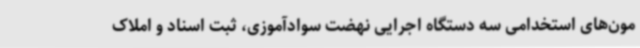
مون‌های استخدامی سه دستگاه اجرایی نهضت سوادآموزی، ثبت اسناد و املاک